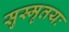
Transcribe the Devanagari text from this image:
सुस्मृतयः